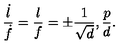
{ \frac { \dot { l } } { \dot { f } } } = { \frac { l } { f } } = \pm { \frac { 1 } { \sqrt { d } } } , { \frac { p } { d } } .